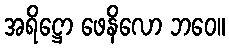
အရိဋ္ဌော ဖေနိလော ဘဝေ။